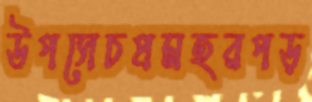
উপসেচপ্রমহরপড়